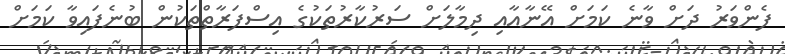
ފެންވަރު ދަށް ވާނެ ކަމަށް އޭނާއާއި ދިމާލަށް ސަރުކާރުތަކުގެ އިސްފަރާތްތަކުން ބުނެފައިވާ ކަމަށް